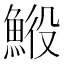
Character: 𩷍